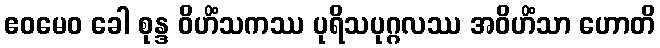
ဧဝမေဝ ခေါ စုန္ဒ ဝိဟိံသကဿ ပုရိသပုဂ္ဂလဿ အဝိဟိံသာ ဟောတိ